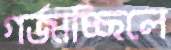
গর্‌জাচ্ছিলে